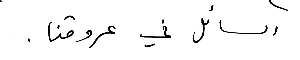
السائل في عروقنا.